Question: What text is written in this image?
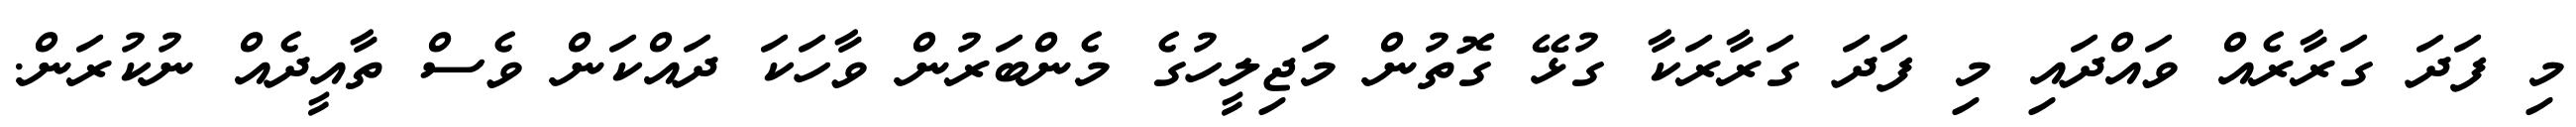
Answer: މި ފަދަ ގަރާރެއް ވައްދައި މި ފަދަ ގަރާރަކާ ގުޅޭ ގޮތުން މަޖިލީހުގެ މެންބަރުން ވާހަކަ ދައްކަން ވެސް ތާއީދެއް ނުކުރަން.